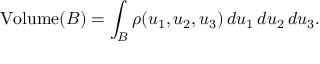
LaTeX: \operatorname { V o l u m e } ( B ) = \int _ { B } \rho ( u _ { 1 } , u _ { 2 } , u _ { 3 } ) \, d u _ { 1 } \, d u _ { 2 } \, d u _ { 3 } .